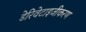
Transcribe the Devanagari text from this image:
डेरिवेटाइजीकरण